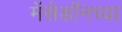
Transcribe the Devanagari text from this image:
मॅसेडॉनच्या